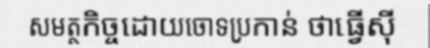
សមត្ថកិច្ចដោយចោទប្រកាន់ ថាធ្វើស៊ី